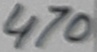
Text: 470